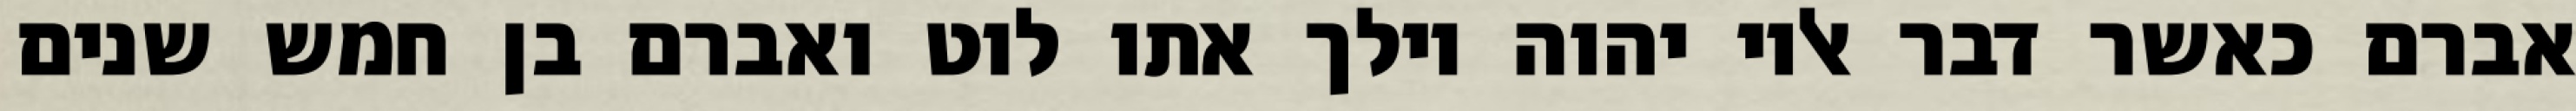
אברם כאשר דבר אליו יהוה וילך אתו לוט ואברם בן חמש שנים